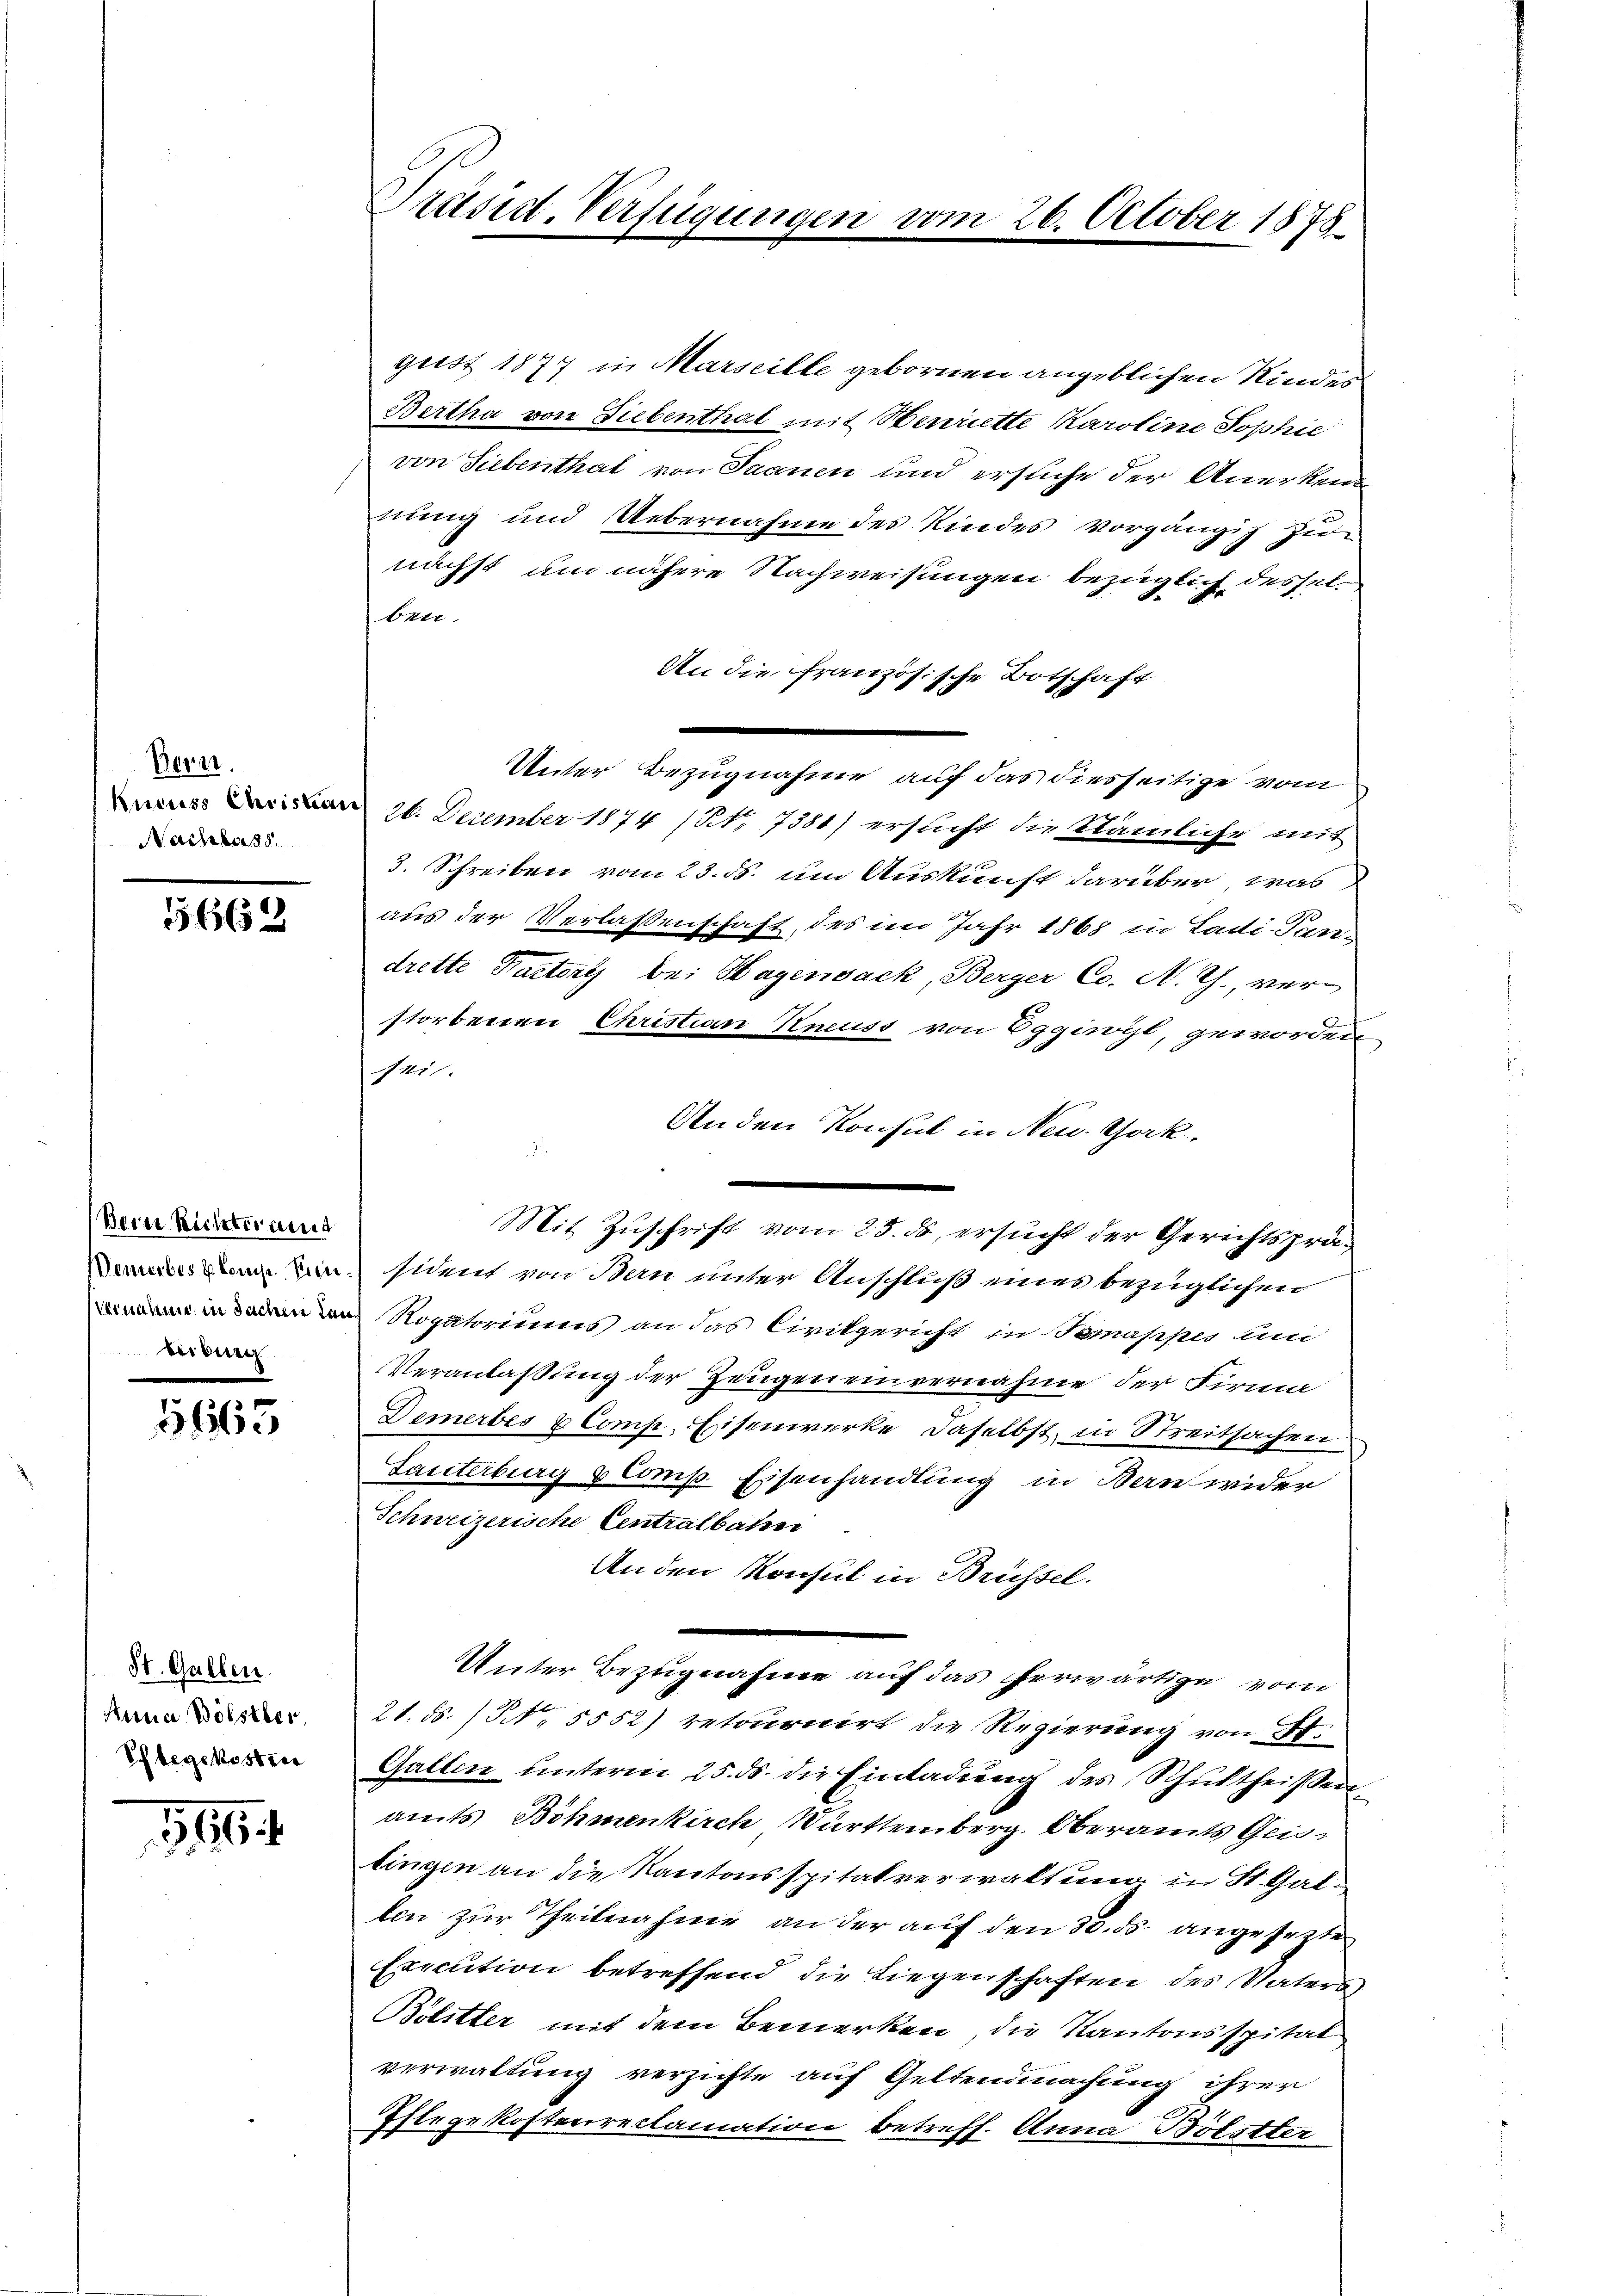
Bern.
Nachbars.

5662

Bern Richteraus
erider

1665

St. Gallen.
Anna Bölster.
Pflegekosterer

116

gust 1877 in Marseille gebornen angeblichen Kindes
Bertha von Siebenthal mit Henriette Karoline Sophie
von Siebenthat von Saanen und ersuche der Anerkenne
nung und Uebernahme des Kindes Vorgängig zu
nächst um nähere Nachweisungen bezüglich desselben.
An die französische Botschaft
Unter Bezugnahme auf das diesseitige vom
 26. December 1874 /NNo. 7381) ersucht die Klämliche mit
3. Schreiben vom 23. ds. um Auskunft darüber, was
aus der Verlassenschaft, des im Jahr 1865 in Ladi-Pandrette Pactery bei Hagensack, Berger Co. N. Z., ver-
storbenen Christian Kneuss von Eggiwyl, geworden.
sei.
An den Konsul in New York,
¬
Mit Zuschrift vom 23. ds, ersucht der Gerichtspräsident von Bern unter Anschluß eines bezüglichen
 in den in Rogatoriums an das Civilgericht in Somappes um
Veranlaßung der Zeugen einvernahme der Firma
Demerbes & Comp. Eisenwerke daselbst in Streitsachen
Lanterburg & Comp. Eisenhandlung in Bernwider
Schweizerische Centralbahren
An den Konsul in Brüssel.
Unter Bezugnahme auf das erwärtige von
21. ds. (N. 5552) retournirt die Regierung von St.
Gallen unterm 25. ds. die Einladung des Schultheissen,
amts Böhmenkirch Württemberg. Oberamts Geistingen an die Kantonsspitalverwaltung in St. Gallen zur Theilnahme an der auf den 30. ds. angesezte
Execution betreffend die Liegenschaften des Vaters
Bölster mit dem Bemerken, die Kantonsspital
verwaltung verzichte auf Geltendmachung ihrer
Pflegekostenreclamation betreff. Anna Bölster

Präsid. Verfügungen

26. October 1878.